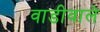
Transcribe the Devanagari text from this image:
वाडीवाले